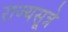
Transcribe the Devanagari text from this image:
राज्यसूत्रे